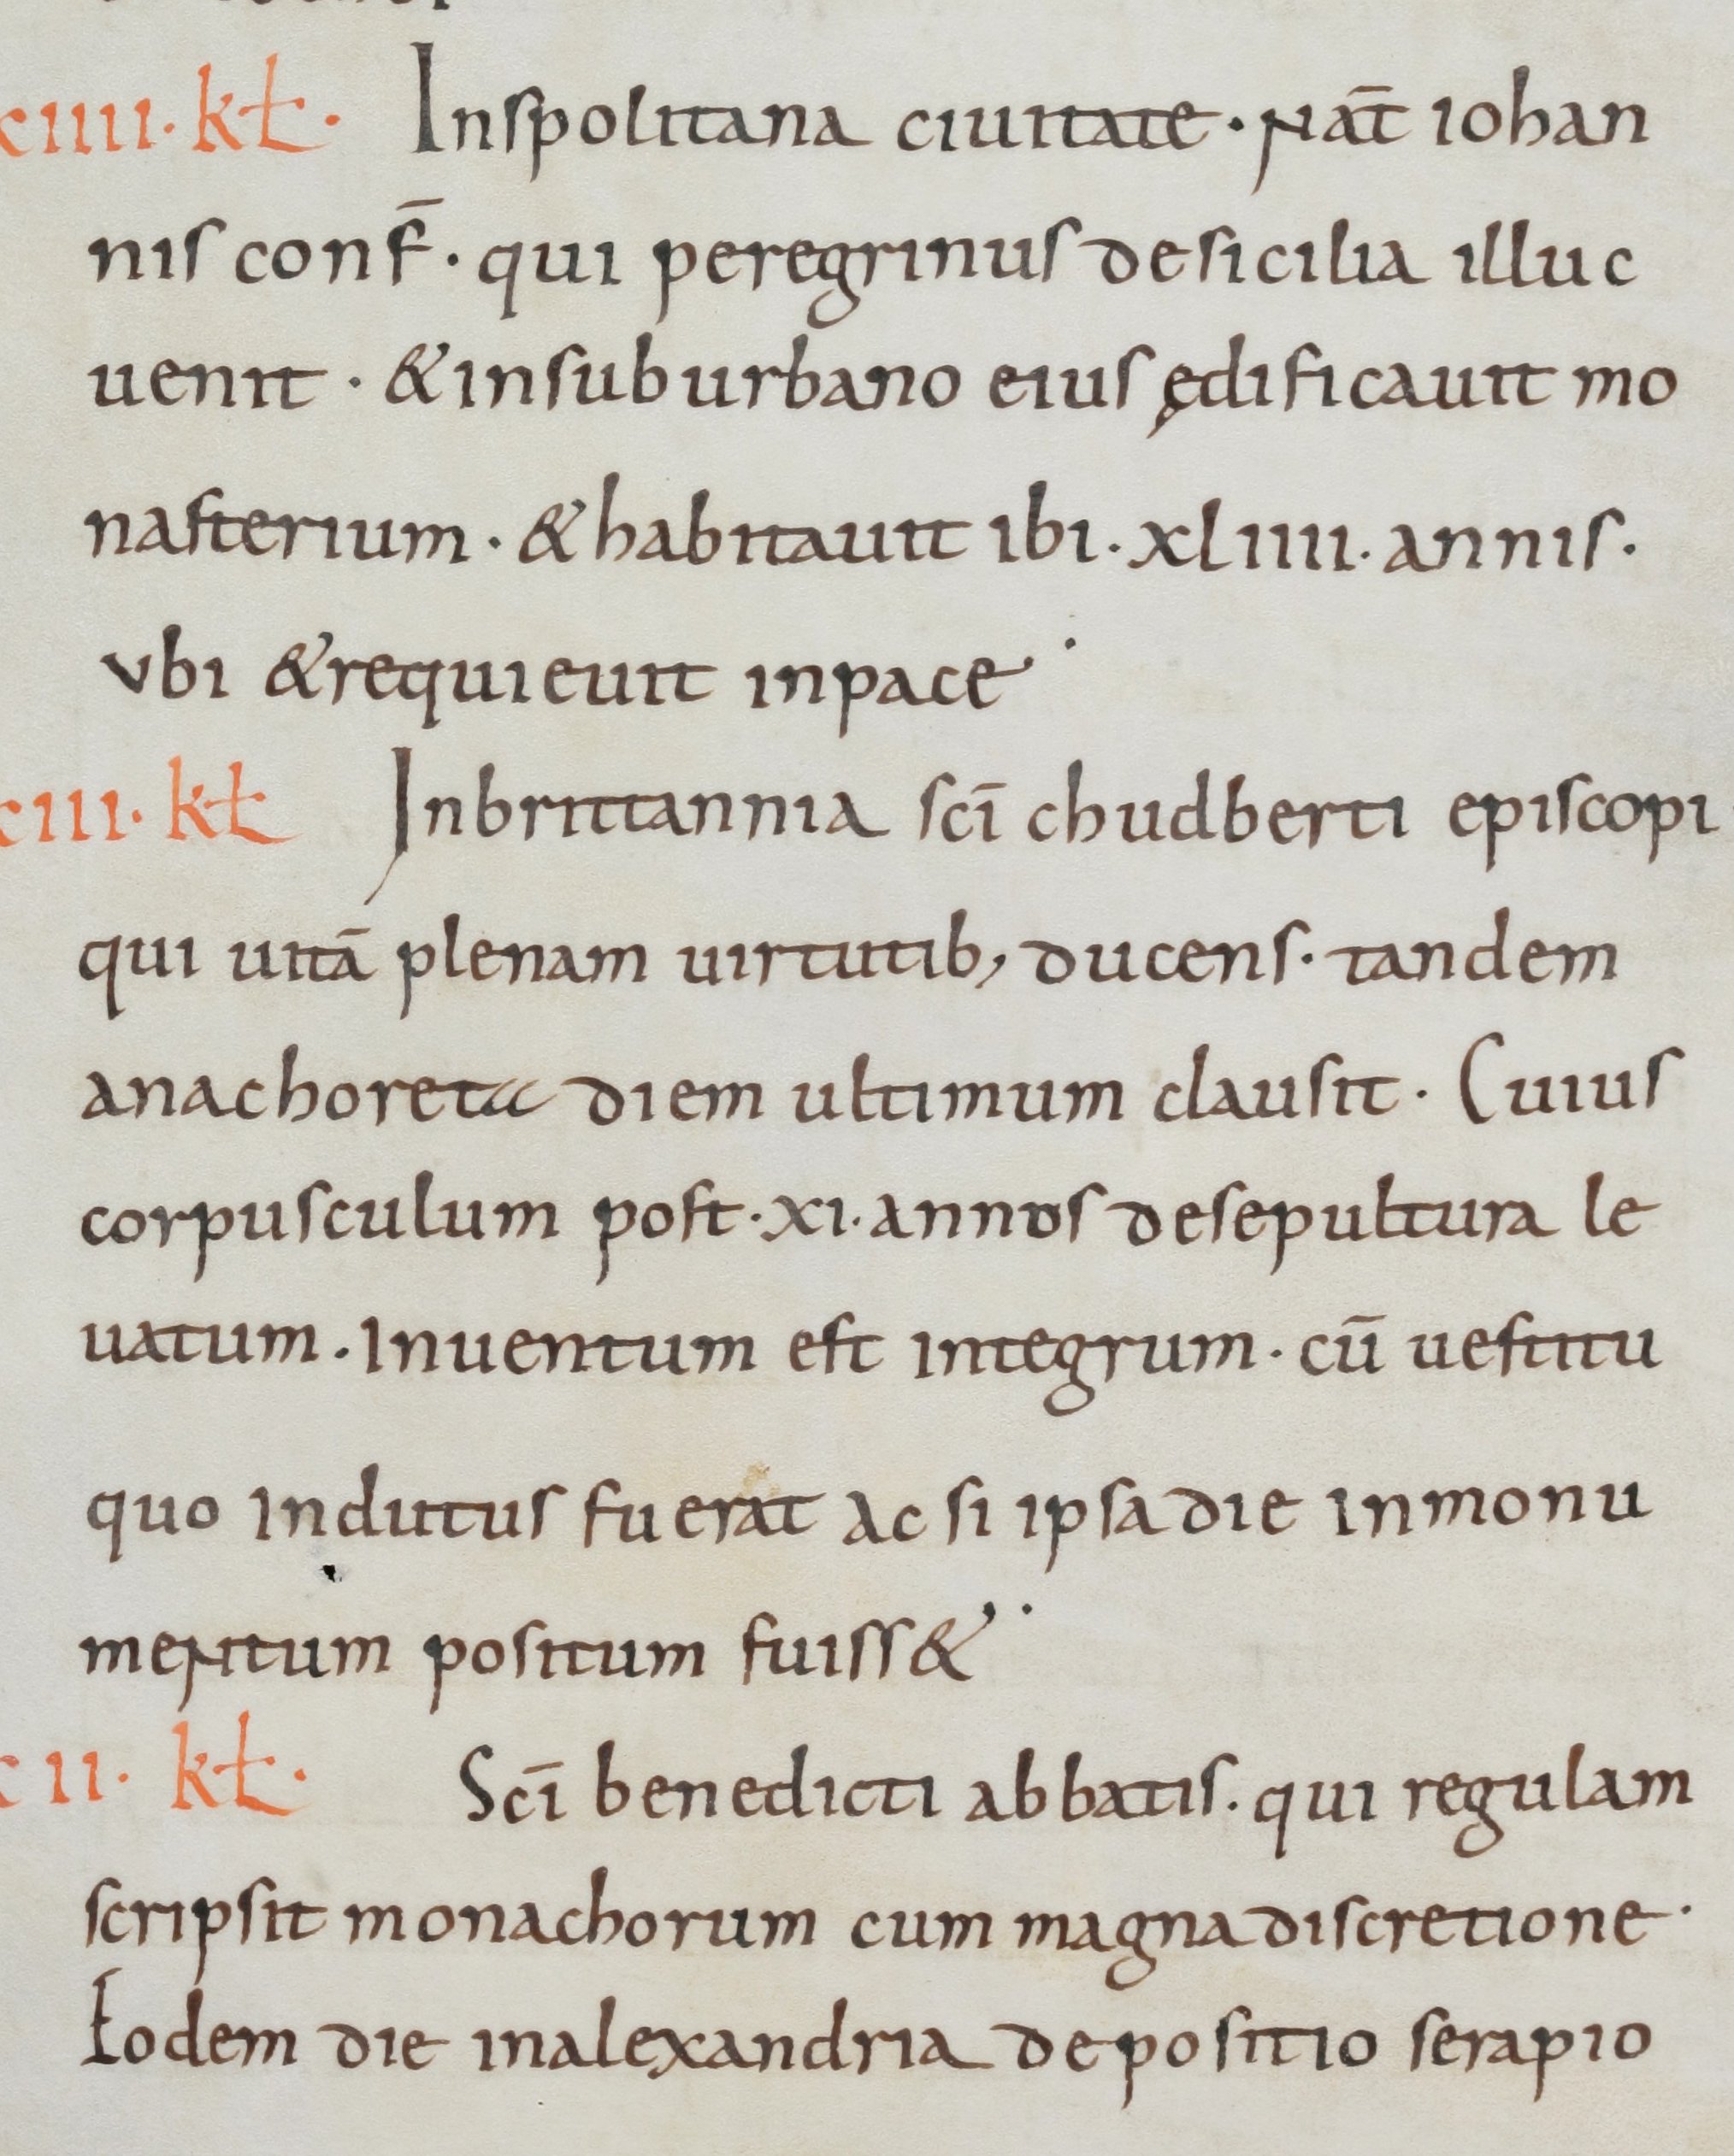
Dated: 800–899